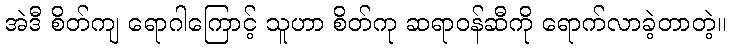
အဲဒီ စိတ်ကျ ရောဂါကြောင့် သူဟာ စိတ်ကု ဆရာဝန်ဆီကို ရောက်လာခဲ့တာတဲ့။